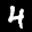
Label: 4